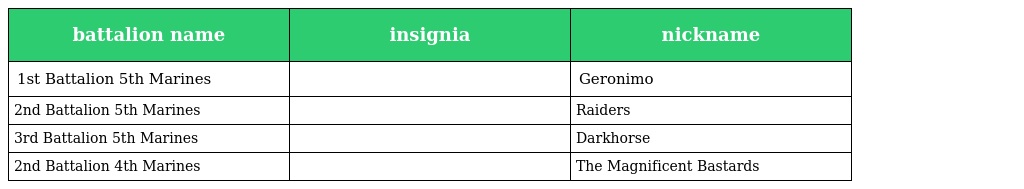
| battalion name | insignia | nickname |
 | --- | --- | --- |
 | 1st Battalion 5th Marines |  | Geronimo |
 | 2nd Battalion 5th Marines |  | Raiders |
 | 3rd Battalion 5th Marines |  | Darkhorse |
 | 2nd Battalion 4th Marines |  | The Magnificent Bastards |